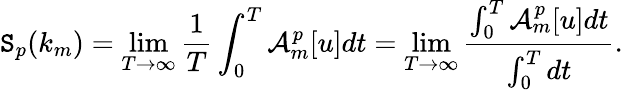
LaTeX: \mathtt{S}_{p}(k_{m})=\operatorname*{lim}_{T\to\infty}\frac{{1}}{{T}}\int_{0}^{T}\mathcal{{A}}_{m}^{p}[u]dt=\operatorname*{lim}_{T\to\infty}\frac{{\int_{0}^{T}\mathcal{{A}}_{m}^{p}[u]dt}}{{\int_{0}^{T}dt}}.